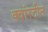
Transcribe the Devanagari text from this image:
क्वांरटीन